Plague in India, 1896, 1897 - Volume 2
Year: 1896
Disease focus: Plague
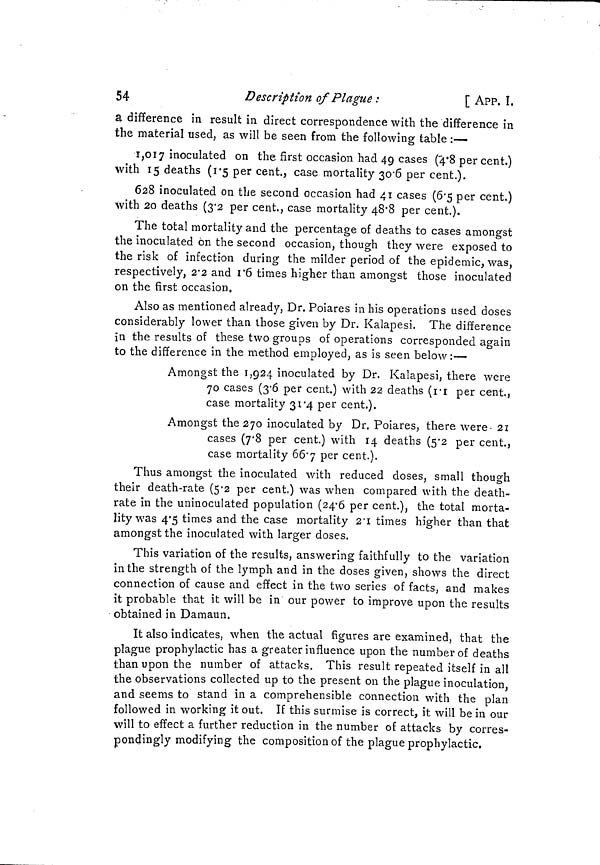
54
Description of Plagué :
[ App. I.
a difference in result in direct correspondence with the difference in
the material used, as will be seen from the following table :—
1,017 inoculated on the first occasion had 49 cases (4.8 per cent.)
with 15 deaths (1.5 per cent., case mortality 30.6 per cent.).
628 inoculated on the second occasion had 41 cases (6.5 per cent.)
with 20 deaths (3.2 per cent., case mortality 48.8 per cent.).
The total mortality and the percentage of deaths to cases amongst
the inoculated on the second occasion, though they were exposed to
the risk of infection during the milder period of the epidemic, was,
respectively, 2.2 and 1.6 times higher than amongst those inoculated
on the first occasion,
Also as mentioned already, Dr. Poiares in his operations used doses
considerably lower than those given by Dr. Kalapesi. The difference
in the results of these two groups of operations corresponded again
to the difference in the method employed, as is seen below:—
Amongst the 1,924 inoculated by Dr. Kaiapesi, there were
70 cases (3.6 per cent.) with 22 deaths (1.1 per cent.,
case mortality 31.4 per cent.).
Amongst the 270 inoculated by Dr. Poiares, there were 21
cases (7.8 per cent.) with 14 deaths (5.2 per cent.,
case mortality 66.7 per cent.).
Thus amongst the inoculated with reduced doses, small though
their death-rate (5.2 per cent.) was when compared with the death-
rate in the uninoculated population (24.6 per cent.), the total morta-
lity was 4.5 times and the case mortality 2.1 times higher than that
amongst the inoculated with larger doses.
This variation of the results, answering faithfully to the variation
in the strength of the lymph and in the doses given, shows the direct
connection of cause and effect in the two series of facts, and makes
it probable that it will be in our power to improve upon the results
obtained in Damaun.
It also indicates, when the actual figures are examined, that the
plague prophylactic has a greater influence upon the number of deaths
than upon the number of attacks. This result repeated itself in all
the observations collected up to the present on the plague inoculation,
and seems to stand in a comprehensible connection with the plan
followed in working it out. If this surmise is correct, it will be in our
will to effect a further reduction in the number of attacks by corres-
pondingly modifying the composition of the plague prophylactic.